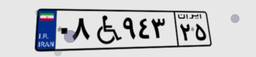
۰۸W۹۴۳۲۵